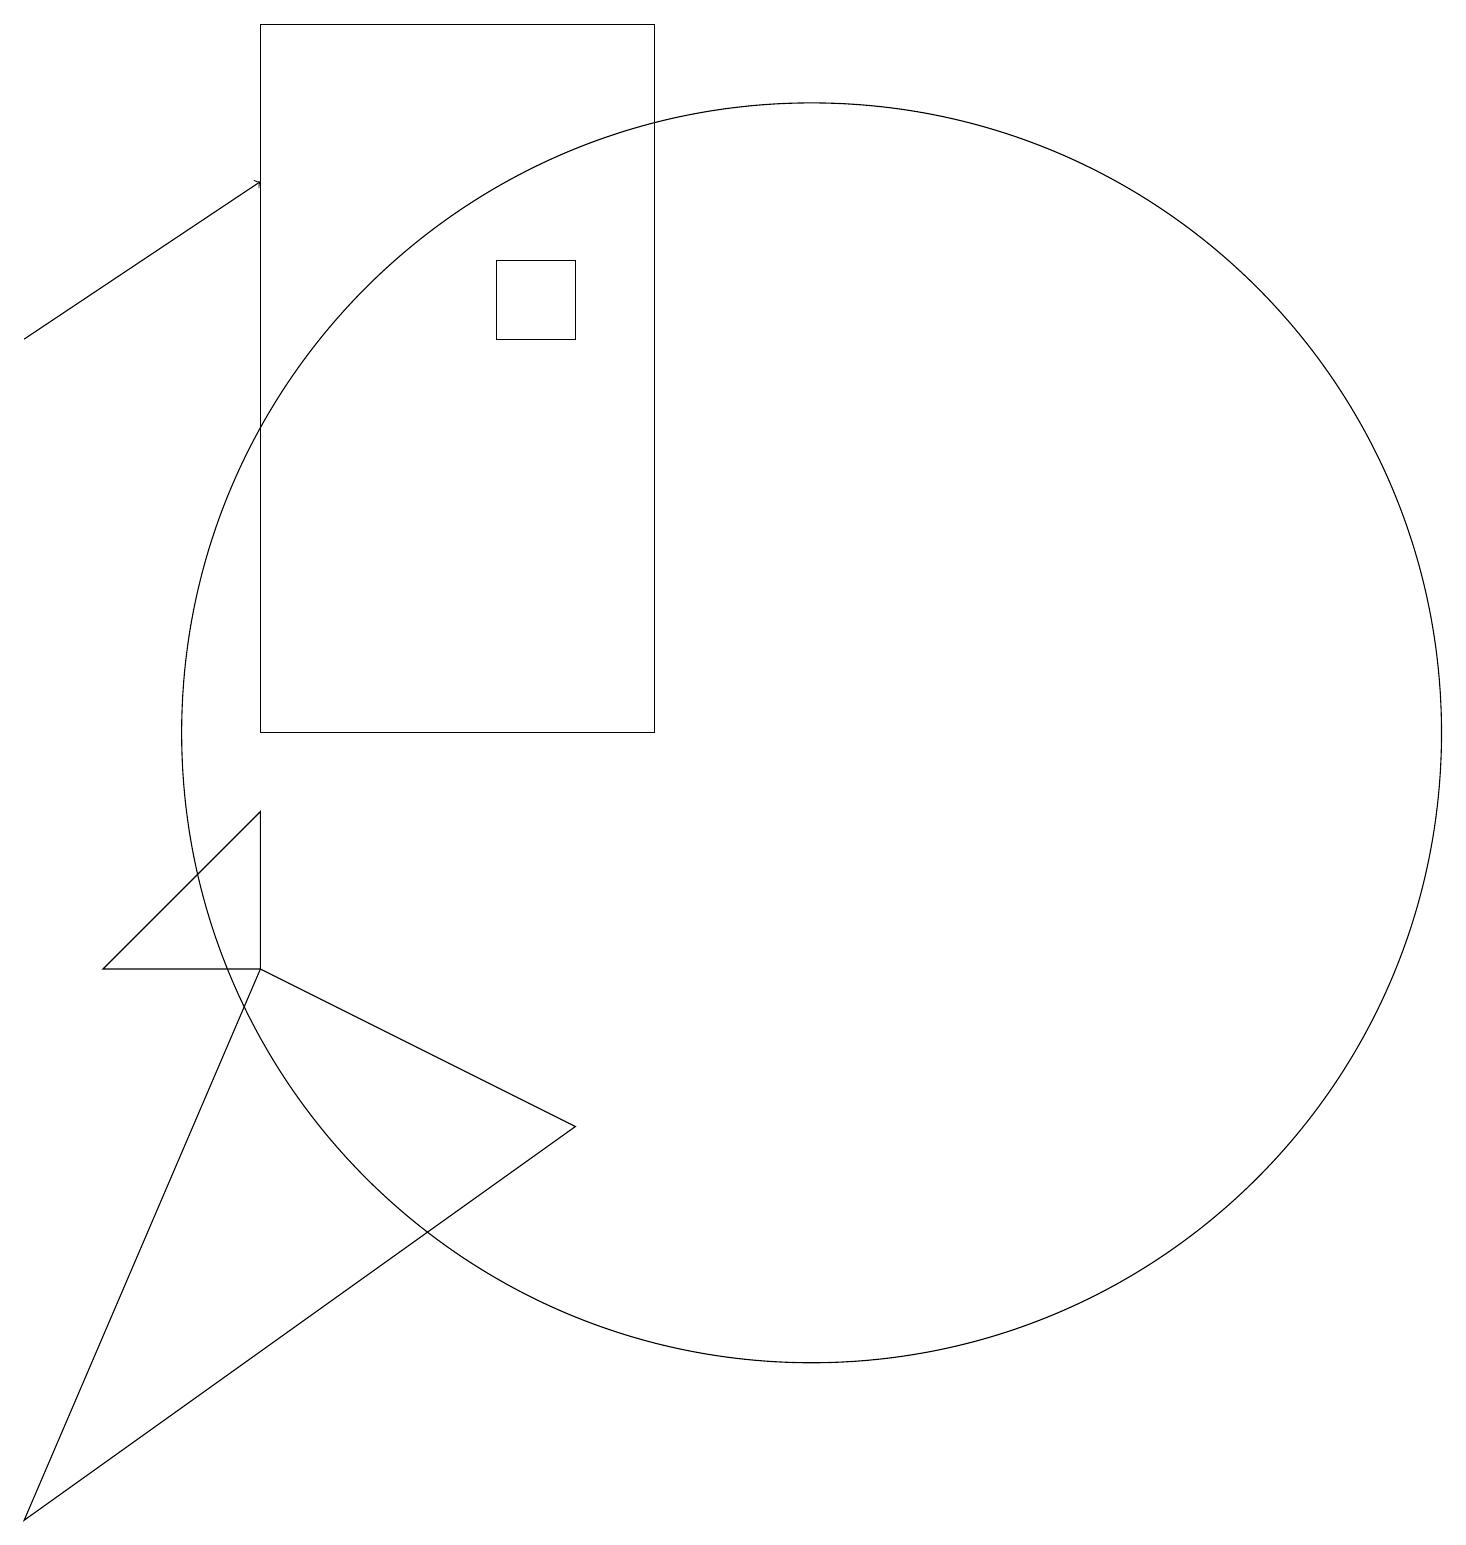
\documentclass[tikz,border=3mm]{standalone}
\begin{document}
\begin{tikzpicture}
\draw (4,19) rectangle (9,10);
\draw (7,15) rectangle (8,16);
\draw[->] (1,15) -- (4,17);
\draw (2,7) -- (4,7) -- (4,9) -- cycle;
\draw (1,0) -- (4,7) -- (8,5) -- cycle;
\draw (11,10) circle (8);
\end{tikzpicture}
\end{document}